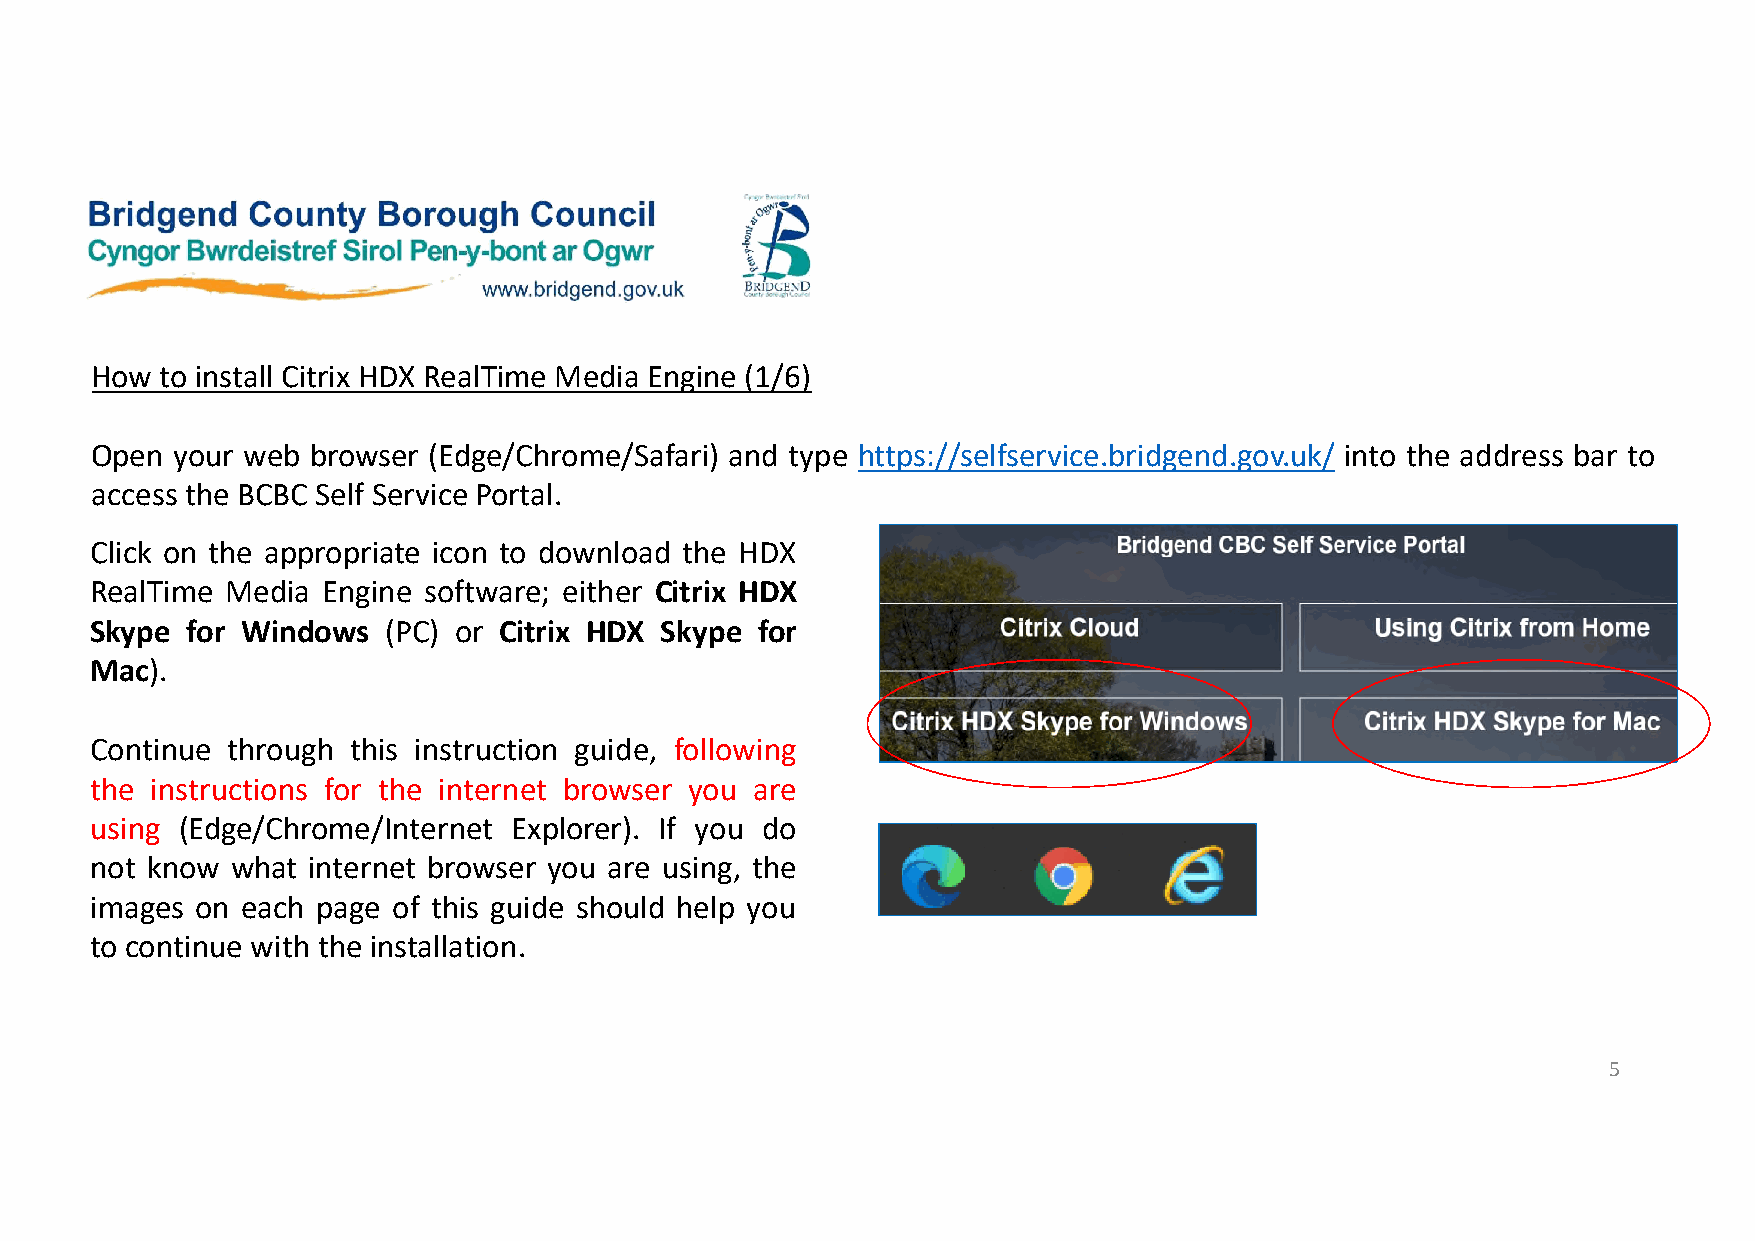
How  to install Citrix HDX RealTime Media Engine (1/6)
 Open your web  browser (Edge/Chrome/Safari) and type https://selfservice.bridgend.gov.uk/ into the address bar to
 access the BCBC Self Service Portal.
 Click on the appropriate icon to download the HDX
 RealTime Media Engine software; either Citrix HDX
 Skype for Windows  (PC) or Citrix HDX Skype for
 Mac).
 Continue through this instruction guide, following
 the instructions for the internet browser you are
 using (Edge/Chrome/Internet Explorer). If you do
 not know what internet browser you are using, the
 images on each page of this guide should help you
 to continue with the installation.
 5